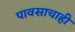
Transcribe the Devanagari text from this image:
पावसाचाही